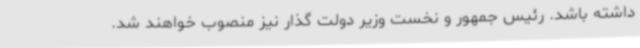
داشته باشد. رئیس جمهور و نخست وزیر دولت گذار نیز منصوب خواهند شد.